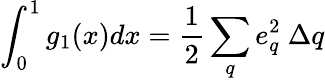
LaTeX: \int_{0}^{1}g_{1}(x)dx=\frac{1}{2}\sum_{q}e_{q}^{2}~\Delta q